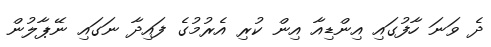
ދެ ވަނަ ހާފުގައި އިންޑިއާ އިން ކުރި އެރުމުގެ ފައިދާ ނަގައި ނޭޕާލުން